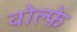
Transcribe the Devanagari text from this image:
वोल्फ़े